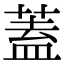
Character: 蓋